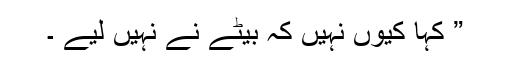
” کہا کیوں نہیں کہ بیٹے نے نہیں لیے ۔